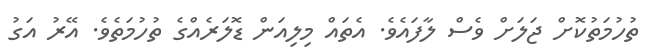
ތުހުމަތުކޮށް ޖަލަށް ވެސް ލާފައެވެ. އެތައް މިލިއަން ޑޮލަރެއްގެ ތުހުމަތެވެ. އޭރު އަގު